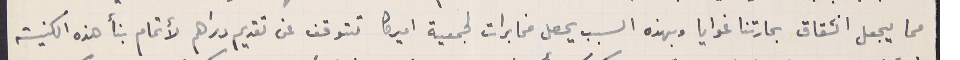
مما يجعل انشقاق بحارتنا غوايا وبهذه السبب يحصل مخابرات لجمعية اميركا تتوقف عن تقديم دراهم لأتمام بنأ هذه الكنيسة